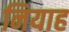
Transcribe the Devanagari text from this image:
नियाह